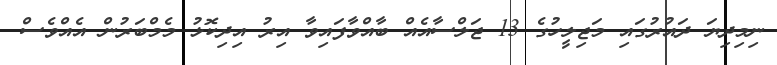
ނިމިދިޔަ ދައުރުގައި މަޖިލީހުގެ 13 ޖަލްސާއެއް ބާއްވާފައިވާ އިރު އިދިކޮޅު މެމްބަރުން އެއްވެސް